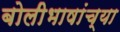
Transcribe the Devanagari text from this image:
बोलीभाषांच्या